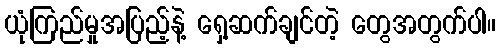
ယုံကြည်မှုအပြည့်နဲ့ ရှေ့ဆက်ချင်တဲ့ တွေအတွက်ပါ။